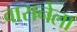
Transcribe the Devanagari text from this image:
वासनेला